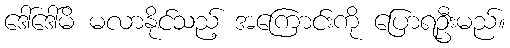
ဒေါ်ဒေါ်မိ မလာနိုင်သည့် အကြောင်းကို ပြောရဦးမည်။